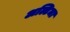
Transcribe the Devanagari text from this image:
अल्टिमा